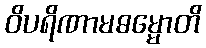
ဝိပရိဏာမဓမ္မောတိ